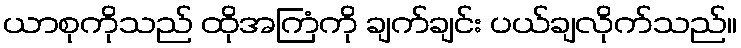
ယာစုကိုသည် ထိုအကြံကို ချက်ချင်း ပယ်ချလိုက်သည်။